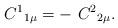
LaTeX: \begin{align*}C^{1}{}_{1\mu } = -\ C^{2}{}_{2\mu } .\end{align*}